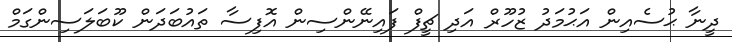
ދީނާ ޙުސެއިން އަޙުމަދު ޒުހޫރް އަދި ޗީފް ފައިނޭންސިން އޮފިސާ ތައުބަދަން ކޫބަލަސިންގަމް